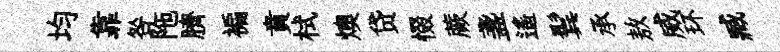
均靠咎陁臍褊賁栻燠贷惙蕨盞遥鬂承敖威环臧